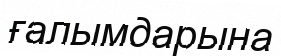
ғалымдарына